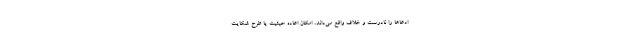
ادعاها را نادرست و خلاف واقع می‌داند، امکان اعاده حیثیت یا طرح شکایت